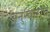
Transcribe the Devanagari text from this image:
अनुस्वारांचे